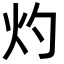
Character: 灼